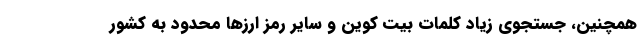
همچنین، جستجوی زیاد کلمات بیت کوین و سایر رمز ارزها محدود به کشور